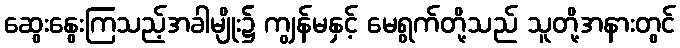
ဆွေးနွေးကြသည့်အခါမျိုး၌ ကျွန်မနှင့် မေရွက်တို့သည် သူတို့အနားတွင်